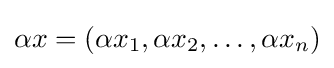
\alpha x=(\alpha x_{1},\alpha x_{2},\ldots ,\alpha x_{n})